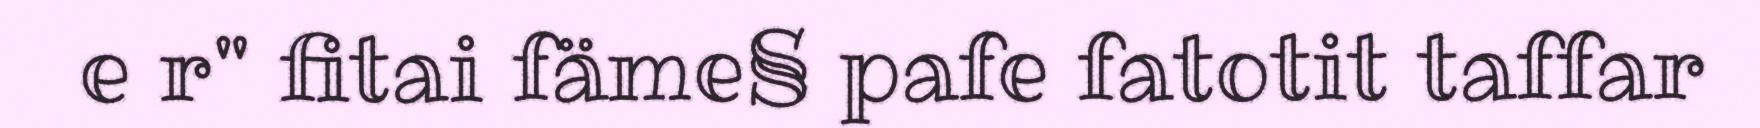
e r" fitai fäme§ pafe fatotit taffar